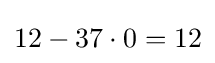
12-37\cdot 0=12